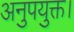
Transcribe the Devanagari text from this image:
अनुपयुक्त।